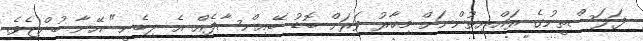
ފަލަސްތީނުގެ ރައްޔިތުންނަށް މިހާރު ވަރަށް ބޮޑު ބޭއިންސާފެއް އެ ލިބެނީ" އޭނާ ބުންޏެވެ.